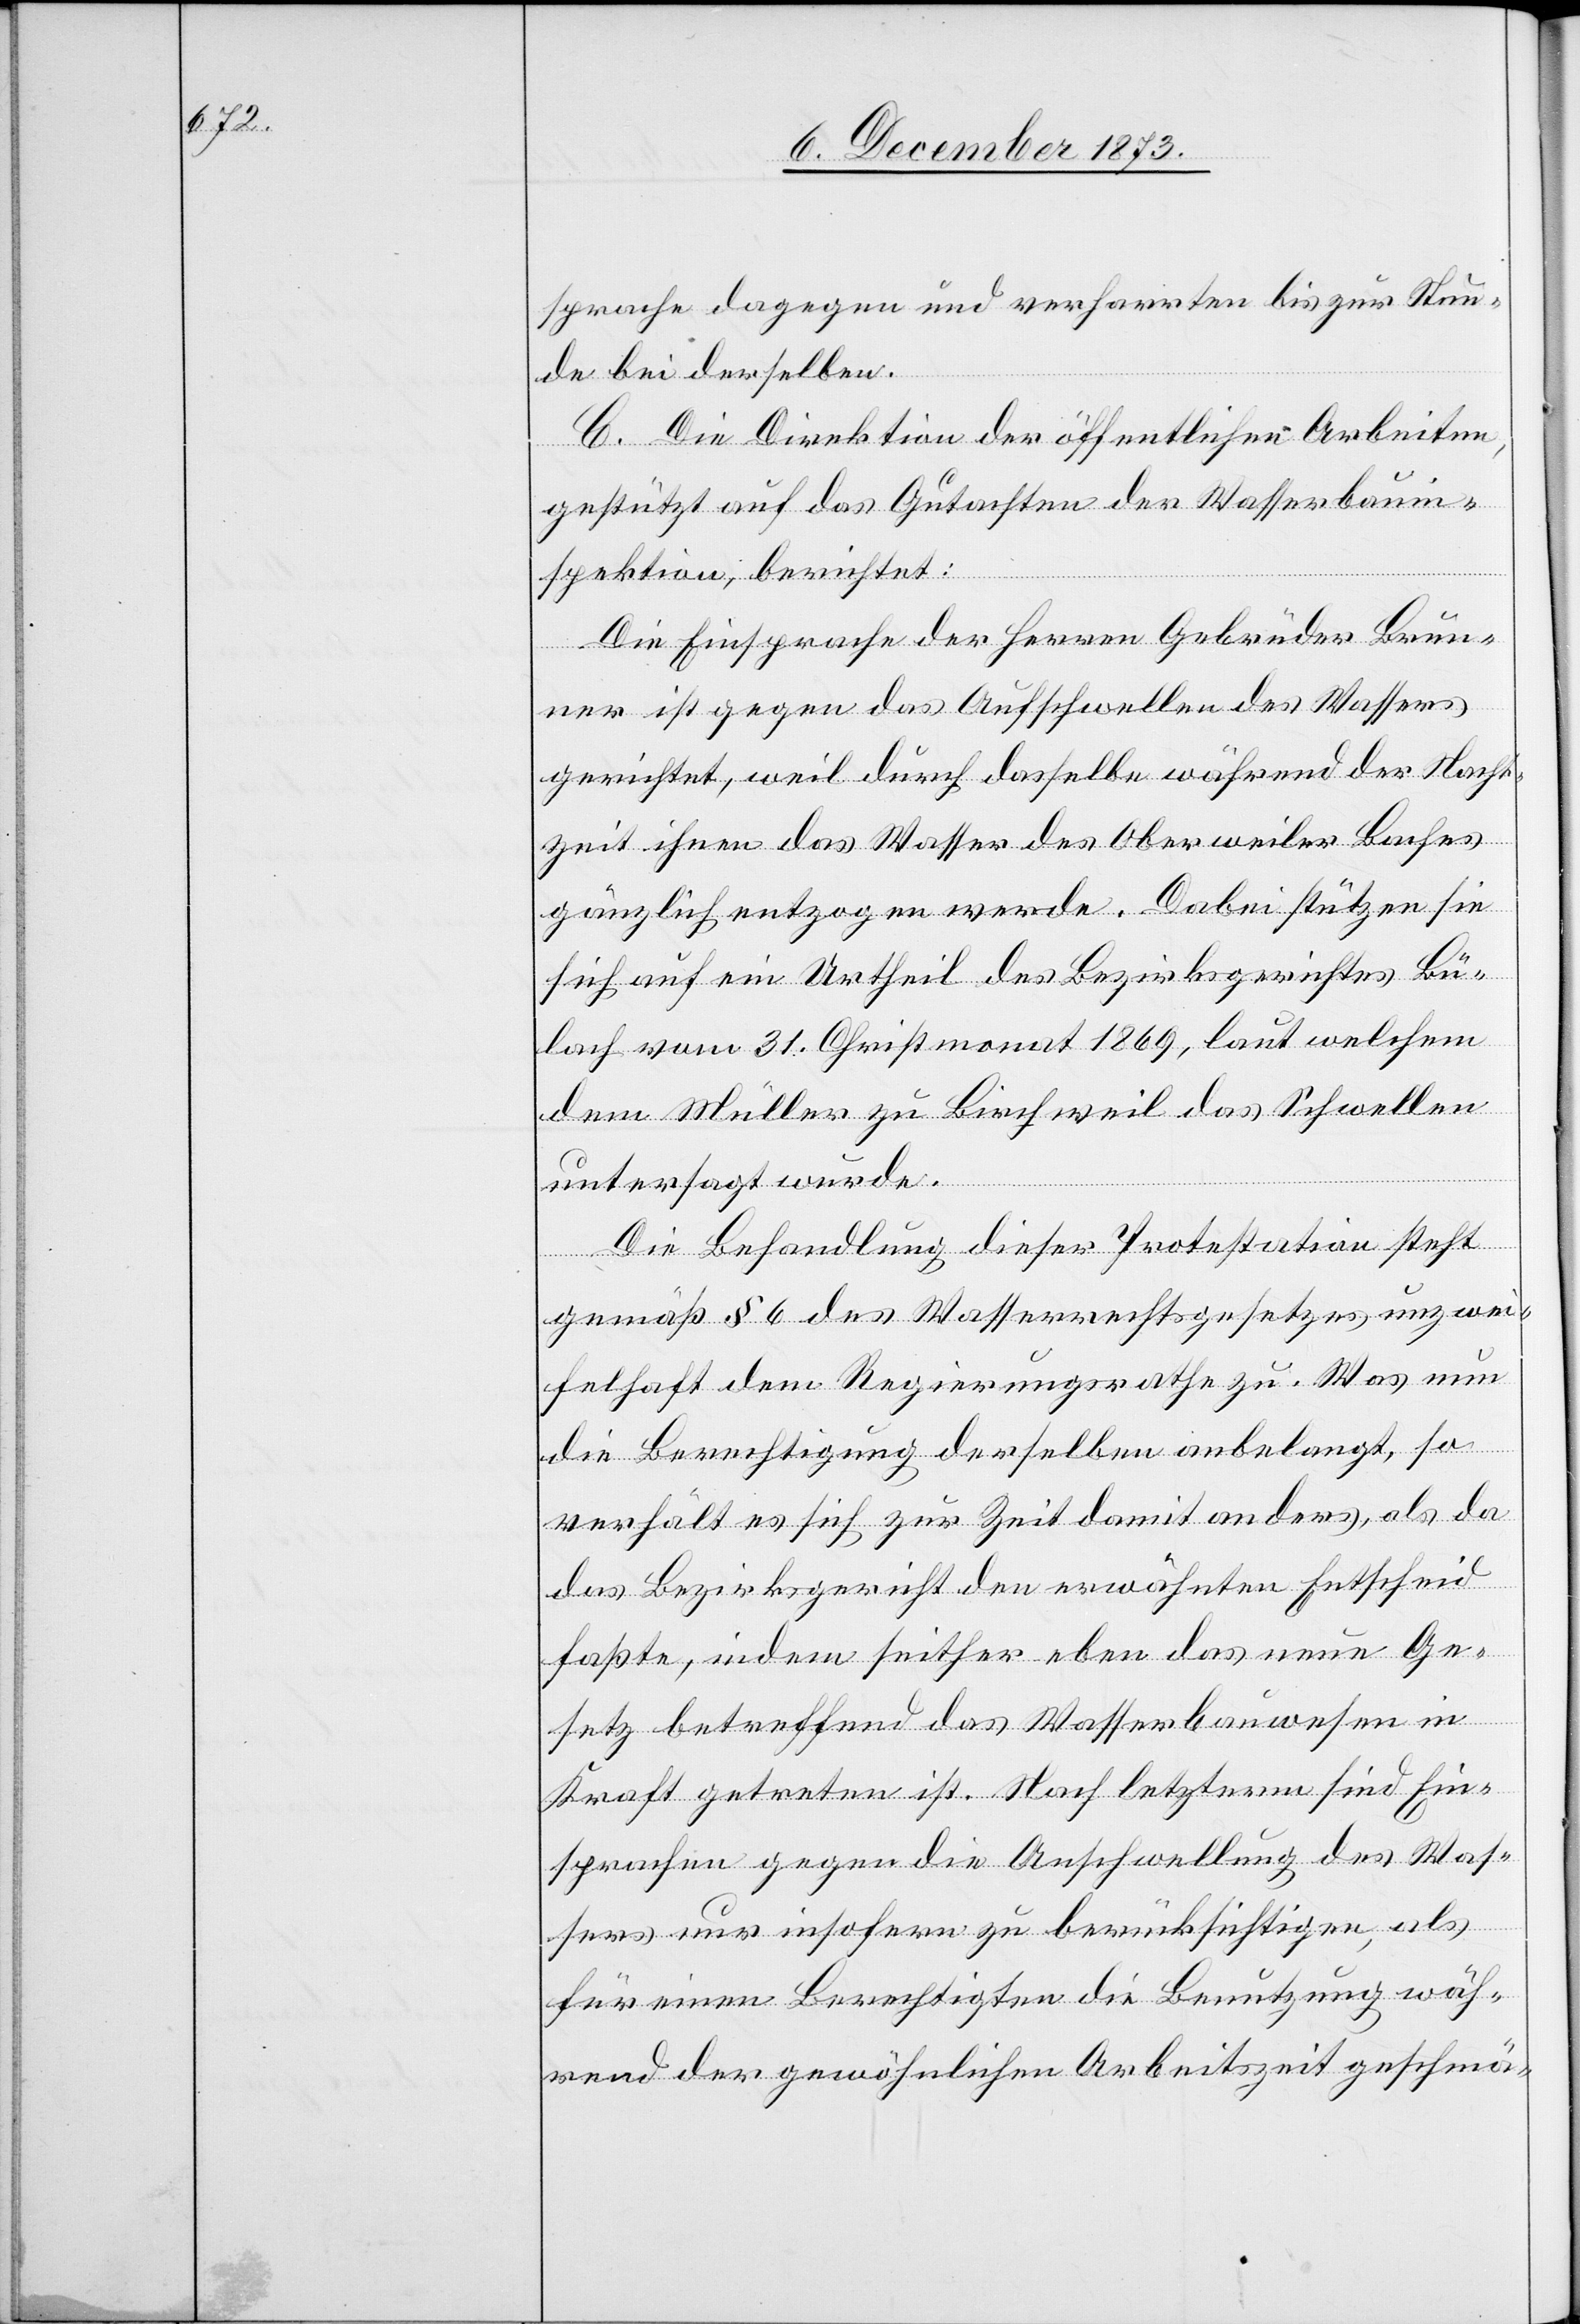
sprache dagegen und verharrten bis zur Stun¬
de bei derselben.
C. Die Direktion der öffentlichen Arbeiten,
gestützt auf das Gutachten der Wasserbauin¬
spektion, berichtet:
Die Einsprache der Herren Gebrüder Brun¬
ner ist gegen das Aufschwellen des Wassers
gerichtet, weil durch dasselbe während der Nacht¬
zeit ihnen das Wasser des Oberweiler Baches
gänzlich entzogen werde. Dabei stützen sie
sich auf ein Urtheil des Bezirksgerichtes Bü¬
lach vom 31. Christmonat 1869, laut welchem
dem Müller zu Birchweil das Schwellen
untersagt wurde.
Die Behandlung dieser Protestation steht
gemäß § 6 des Wasserrechtsgesetzes unzwei¬
felhaft dem Regierungsrathe zu. Was nun
die Berechtigung derselben anbelangt, so
verhält es sich zur Zeit damit anders, als da
das Bezirksgericht den erwähnten Entscheid
faßte, indem seither eben das neue Ge¬
setz betreffend das Wasserbauwesen in
Kraft getreten ist. Nach letzterm sind Ein¬
sprachen gegen die Anschwellung des Was¬
sers nur insofern zu berücksichtigen, als
für einen Berechtigten die Benutzung wäh¬
rend der gewöhnlichen Arbeitszeit geschmä-